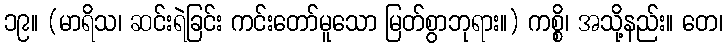
၁၉။ (မာရိသ၊ ဆင်းရဲခြင်း ကင်းတော်မူသော မြတ်စွာဘုရား။) ကစ္စိ၊ အသို့နည်း။ တေ၊